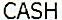
CASH